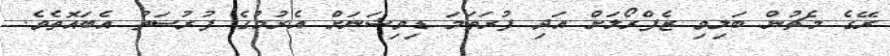
ރޭގެ މެޗުން ބަލިވި ޒެފްރޯލަށް އަދި ފުރަތަމަ ޑިވިޝަނަށް އެރުމުގެ ފުރުސަތު އެބައޮތެވެ.